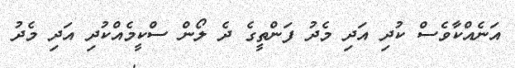
އަނެއްކާވެސް ކުދި އަދި މެދު ފަންތީގެ ދެ ލޯން ސްކީމެއްކުދި އަދި މެދު